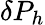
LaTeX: \delta P_{h}